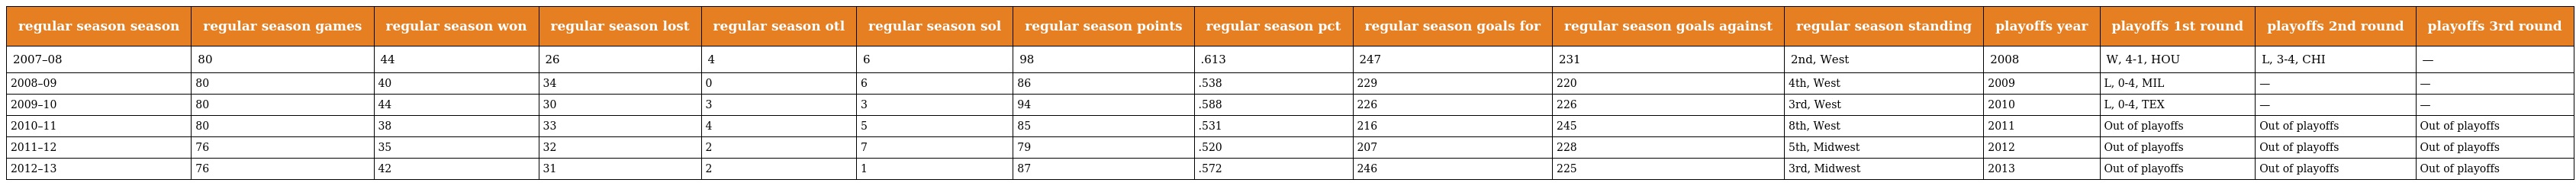
| regular season season | regular season games | regular season won | regular season lost | regular season otl | regular season sol | regular season points | regular season pct | regular season goals for | regular season goals against | regular season standing | playoffs year | playoffs 1st round | playoffs 2nd round | playoffs 3rd round |
 | --- | --- | --- | --- | --- | --- | --- | --- | --- | --- | --- | --- | --- | --- | --- |
 | 2007–08 | 80 | 44 | 26 | 4 | 6 | 98 | .613 | 247 | 231 | 2nd, West | 2008 | W, 4-1, HOU | L, 3-4, CHI | — |
 | 2008–09 | 80 | 40 | 34 | 0 | 6 | 86 | .538 | 229 | 220 | 4th, West | 2009 | L, 0-4, MIL | — | — |
 | 2009–10 | 80 | 44 | 30 | 3 | 3 | 94 | .588 | 226 | 226 | 3rd, West | 2010 | L, 0-4, TEX | — | — |
 | 2010–11 | 80 | 38 | 33 | 4 | 5 | 85 | .531 | 216 | 245 | 8th, West | 2011 | Out of playoffs | Out of playoffs | Out of playoffs |
 | 2011–12 | 76 | 35 | 32 | 2 | 7 | 79 | .520 | 207 | 228 | 5th, Midwest | 2012 | Out of playoffs | Out of playoffs | Out of playoffs |
 | 2012–13 | 76 | 42 | 31 | 2 | 1 | 87 | .572 | 246 | 225 | 3rd, Midwest | 2013 | Out of playoffs | Out of playoffs | Out of playoffs |